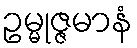
ဥမ္မုဇ္ဇမာနံ